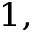
^ { 1 , }